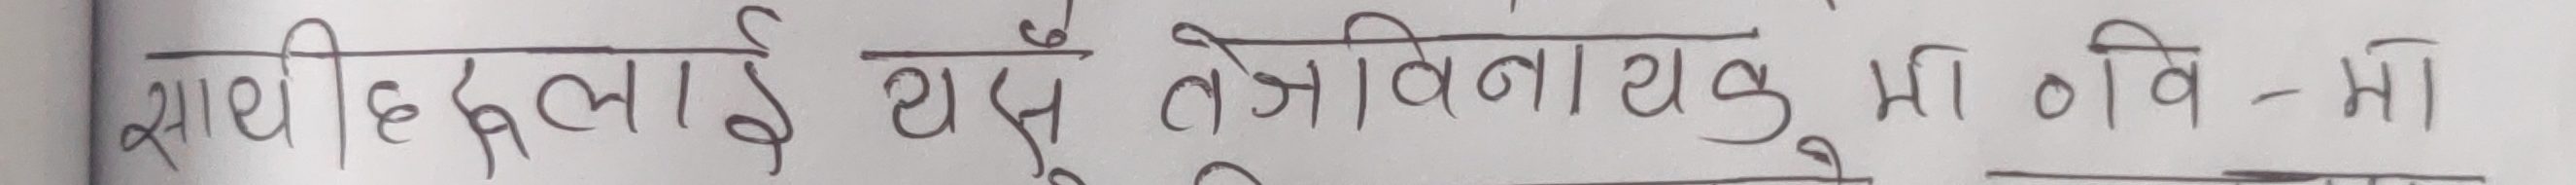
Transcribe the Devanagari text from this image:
साथीहरुलाई थुप्रो तेजोविनायक भा. वि. - मा